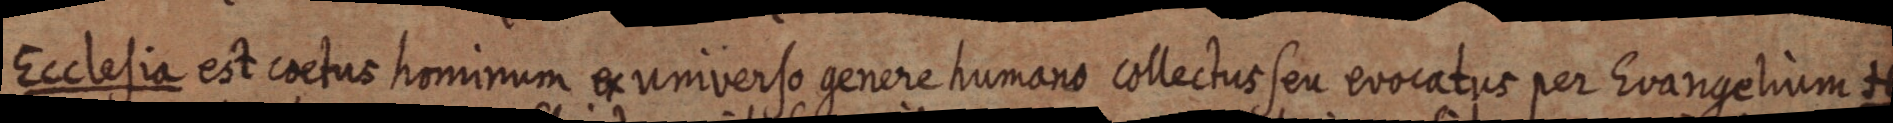
Ecclesia est coetus hominum ex universo genere humano collectus seu evocatus per Evangelium H